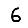
Digit: 6